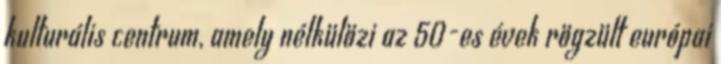
kulturális centrum, amely nélkülözi az 50-es évek rögzült európai